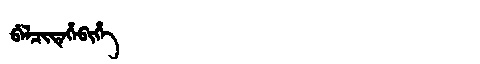
Manchu: ᠪᡝᠯᠴᡳᡩᡝᡥᡝᠪᡳᡥᡝ
Romanization: BELCIDEHEBIHE